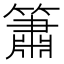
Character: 簫